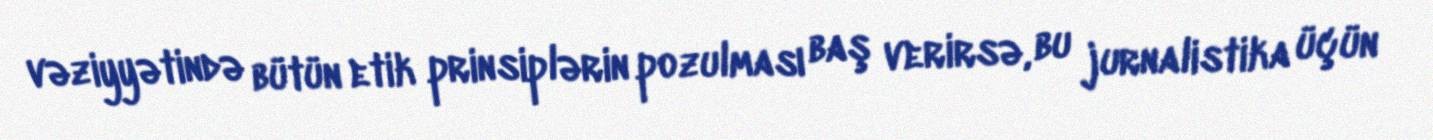
vəziyyətində bütün etik prinsiplərin pozulması baş verirsə, bu jurnalistika üçün